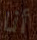
أنا